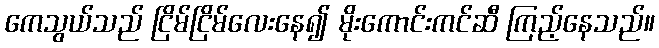
ကေသွယ်သည် ငြိမ်ငြိမ်လေးနေ၍ မိုးကောင်းကင်ဆီ ကြည့်နေသည်။